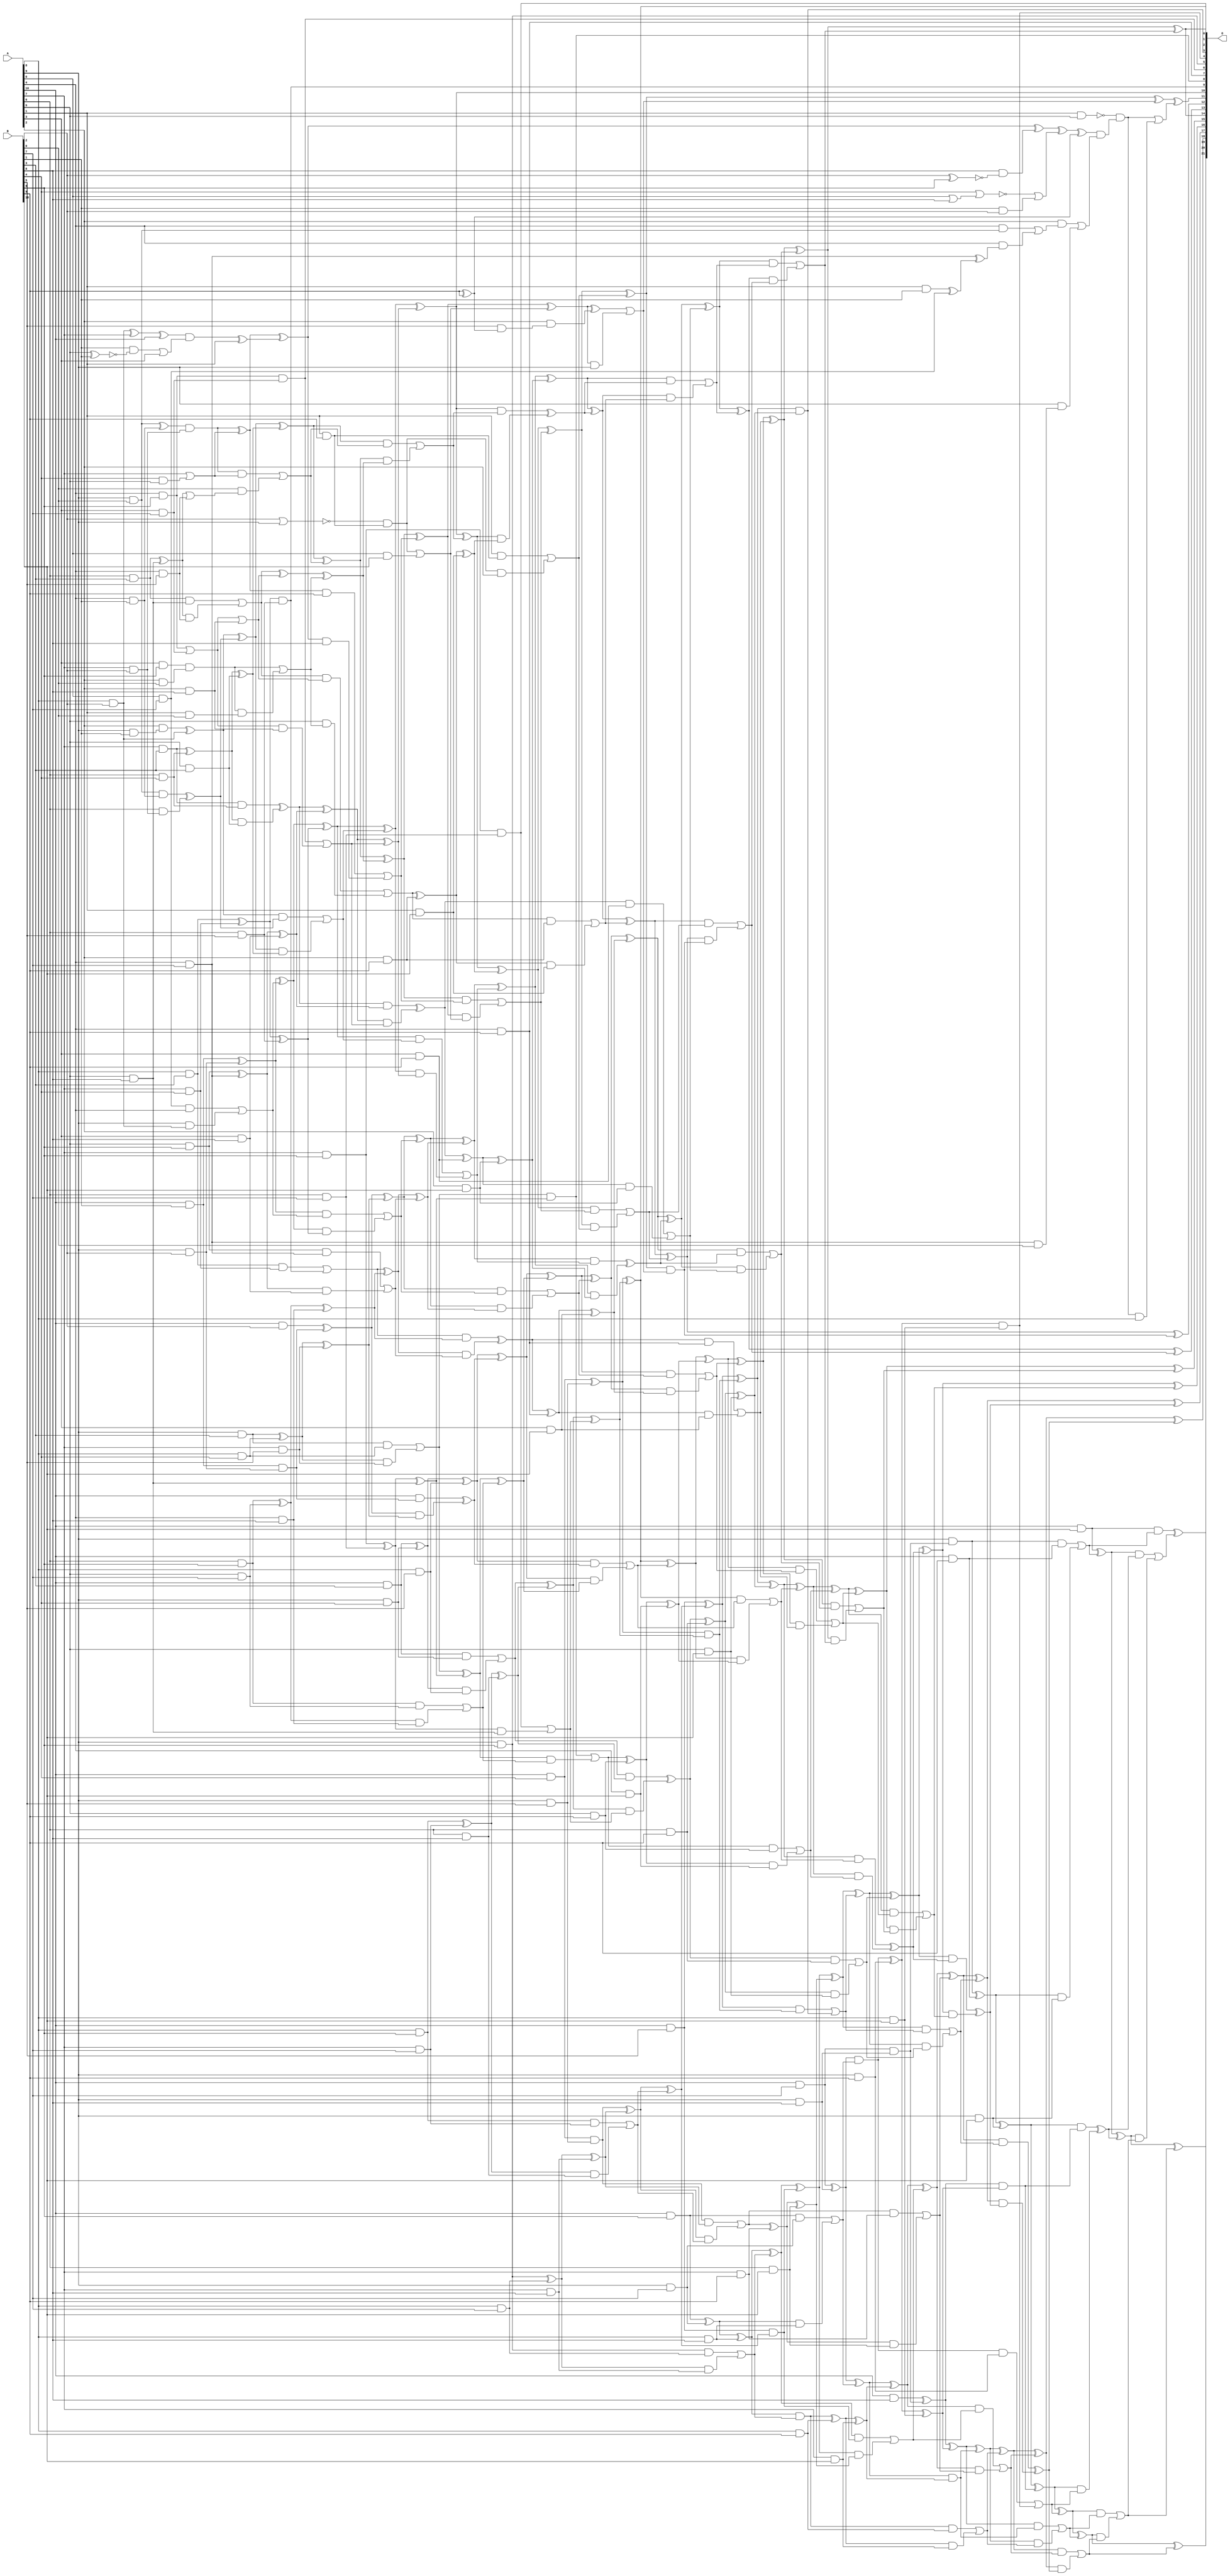
/***
* This code is a part of EvoApproxLib library (ehw.fit.vutbr.cz/approxlib) distributed under The MIT License.
* When used, please cite the following article(s): V. Mrazek, S. S. Sarwar, L. Sekanina, Z. Vasicek and K. Roy, "Design of power-efficient approximate multipliers for approximate artificial neural networks," 2016 IEEE/ACM International Conference on Computer-Aided Design (ICCAD), Austin, TX, 2016, pp. 1-7. doi: 10.1145/2966986.2967021 
* This file contains a circuit from a sub-set of pareto optimal circuits with respect to the pwr and mse parameters
***/
// MAE% = 0.034 %
// MAE = 1414 
// WCE% = 0.20 %
// WCE = 8386 
// WCRE% = 4352.17 %
// EP% = 99.84 %
// MRE% = 1.15 %
// MSE = 31888.497e2 
// PDK45_PWR = 0.657 mW
// PDK45_AREA = 1066.7 um2
// PDK45_DELAY = 1.60 ns


module mul11u_03N(A, B, O);
  input [10:0] A, B;
  output [21:0] O;
  wire [10:0] A, B;
  wire [21:0] O;
  wire sig_30, sig_31, sig_32, sig_39, sig_41, sig_42;
  wire sig_43, sig_51, sig_52, sig_53, sig_54, sig_61;
  wire sig_62, sig_63, sig_64, sig_65, sig_71, sig_72;
  wire sig_73, sig_74, sig_75, sig_76, sig_81, sig_82;
  wire sig_83, sig_84, sig_85, sig_86, sig_87, sig_89;
  wire sig_91, sig_92, sig_93, sig_94, sig_95, sig_96;
  wire sig_98, sig_99, sig_101, sig_102, sig_103, sig_104;
  wire sig_105, sig_106, sig_107, sig_108, sig_109, sig_111;
  wire sig_112, sig_113, sig_114, sig_115, sig_116, sig_117;
  wire sig_118, sig_119, sig_120, sig_121, sig_122, sig_123;
  wire sig_124, sig_126, sig_127, sig_128, sig_129, sig_130;
  wire sig_131, sig_132, sig_133, sig_134, sig_135, sig_136;
  wire sig_137, sig_138, sig_139, sig_140, sig_141, sig_142;
  wire sig_171, sig_174, sig_175, sig_177, sig_178, sig_179;
  wire sig_180, sig_181, sig_182, sig_183, sig_184, sig_185;
  wire sig_186, sig_187, sig_188, sig_189, sig_190, sig_191;
  wire sig_200, sig_203, sig_212, sig_214, sig_215, sig_216;
  wire sig_217, sig_218, sig_219, sig_220, sig_221, sig_222;
  wire sig_223, sig_224, sig_225, sig_227, sig_228, sig_229;
  wire sig_230, sig_231, sig_232, sig_233, sig_234, sig_235;
  wire sig_236, sig_237, sig_238, sig_239, sig_240, sig_241;
  wire sig_247, sig_248, sig_249, sig_250, sig_252, sig_253;
  wire sig_255, sig_256, sig_257, sig_258, sig_259, sig_260;
  wire sig_261, sig_262, sig_263, sig_264, sig_265, sig_266;
  wire sig_267, sig_268, sig_270, sig_271, sig_272, sig_273;
  wire sig_274, sig_275, sig_276, sig_277, sig_278, sig_279;
  wire sig_280, sig_281, sig_282, sig_283, sig_284, sig_285;
  wire sig_286, sig_287, sig_288, sig_289, sig_311, sig_318;
  wire sig_320, sig_321, sig_322, sig_323, sig_324, sig_325;
  wire sig_326, sig_327, sig_328, sig_329, sig_330, sig_331;
  wire sig_332, sig_333, sig_334, sig_335, sig_336, sig_337;
  wire sig_338, sig_339, sig_340, sig_341, sig_344, sig_345;
  wire sig_350, sig_351, sig_354, sig_355, sig_356, sig_357;
  wire sig_358, sig_359, sig_360, sig_361, sig_362, sig_363;
  wire sig_364, sig_365, sig_366, sig_367, sig_368, sig_369;
  wire sig_370, sig_371, sig_373, sig_374, sig_375, sig_376;
  wire sig_377, sig_378, sig_379, sig_380, sig_381, sig_382;
  wire sig_383, sig_384, sig_385, sig_386, sig_387, sig_388;
  wire sig_389, sig_390, sig_391, sig_407, sig_408, sig_410;
  wire sig_412, sig_413, sig_415, sig_416, sig_417, sig_418;
  wire sig_419, sig_420, sig_421, sig_422, sig_423, sig_424;
  wire sig_425, sig_426, sig_427, sig_428, sig_430, sig_431;
  wire sig_432, sig_433, sig_434, sig_435, sig_436, sig_437;
  wire sig_438, sig_439, sig_440, sig_441, sig_443, sig_444;
  wire sig_445, sig_447, sig_448, sig_449, sig_450, sig_451;
  wire sig_452, sig_453, sig_454, sig_455, sig_456, sig_457;
  wire sig_458, sig_459, sig_460, sig_461, sig_462, sig_463;
  wire sig_464, sig_465, sig_466, sig_467, sig_468, sig_469;
  wire sig_470, sig_471, sig_472, sig_473, sig_474, sig_475;
  wire sig_476, sig_477, sig_478, sig_479, sig_480, sig_481;
  wire sig_482, sig_483, sig_484, sig_485, sig_486, sig_487;
  wire sig_488, sig_490, sig_491, sig_492, sig_493, sig_494;
  wire sig_495, sig_496, sig_509, sig_510, sig_512, sig_513;
  wire sig_515, sig_516, sig_517, sig_518, sig_519, sig_520;
  wire sig_521, sig_522, sig_523, sig_524, sig_525, sig_526;
  wire sig_527, sig_528, sig_529, sig_530, sig_531, sig_532;
  wire sig_533, sig_534, sig_535, sig_536, sig_537, sig_538;
  wire sig_539, sig_540, sig_541, sig_542, sig_543, sig_544;
  wire sig_546, sig_547, sig_548, sig_549, sig_550, sig_551;
  wire sig_552, sig_553, sig_554, sig_555, sig_556, sig_566;
  wire sig_567, sig_568, sig_569, sig_570, sig_571, sig_572;
  wire sig_573, sig_574, sig_575, sig_576, sig_577, sig_578;
  wire sig_579, sig_580, sig_581, sig_582, sig_583, sig_584;
  wire sig_585, sig_586, sig_587, sig_588, sig_589, sig_590;
  wire sig_591, sig_592, sig_593, sig_594, sig_595, sig_596;
  wire sig_597, sig_598, sig_599, sig_600, sig_601, sig_602;
  wire sig_603, sig_604, sig_605, sig_606, sig_607, sig_608;
  wire sig_609, sig_610, sig_611, sig_612, sig_613, sig_614;
  wire sig_615, sig_616, sig_617, sig_618, sig_636, sig_637;
  wire sig_638, sig_640, sig_641, sig_642, sig_645, sig_646;
  wire sig_647, sig_648, sig_650, sig_651, sig_652, sig_653;
  wire sig_655, sig_656, sig_657, sig_658, sig_660, sig_661;
  wire sig_662, sig_663, sig_665, sig_666, sig_667, sig_668;
  wire sig_670, sig_671, sig_672, sig_673, sig_675, sig_676;
  wire sig_677, sig_678, sig_680, sig_681, sig_682, sig_683;
  wire sig_685, sig_686, sig_687, sig_688, sig_690;
  assign sig_30 = A[8] & B[2];
  assign sig_31 = A[9] & B[0];
  assign sig_32 = A[0] & B[7];
  assign sig_39 = !(A[5] ^ B[1]);
  assign sig_41 = A[4] & B[1];
  assign sig_42 = A[9] & B[1];
  assign sig_43 = A[10] & B[1];
  assign sig_51 = A[7] & B[2];
  assign sig_52 = A[8] & B[2];
  assign sig_53 = A[9] & B[2];
  assign sig_54 = A[10] & B[2];
  assign sig_61 = A[6] & B[3];
  assign sig_62 = A[7] & B[3];
  assign sig_63 = A[8] & B[3];
  assign sig_64 = A[9] & B[3];
  assign sig_65 = A[10] & B[3];
  assign sig_71 = A[5] & B[8];
  assign sig_72 = A[6] & B[4];
  assign sig_73 = A[7] & B[4];
  assign sig_74 = A[8] & B[4];
  assign sig_75 = A[9] & B[4];
  assign sig_76 = A[10] & B[4];
  assign sig_81 = A[4] & B[5];
  assign sig_82 = A[5] & B[3];
  assign sig_83 = A[6] & B[5];
  assign sig_84 = A[7] & B[5];
  assign sig_85 = A[8] & B[5];
  assign sig_86 = A[9] & B[5];
  assign sig_87 = A[10] & B[5];
  assign sig_89 = A[1] & B[1];
  assign sig_91 = A[3] & B[6];
  assign sig_92 = A[4] & B[6];
  assign sig_93 = A[5] & B[6];
  assign sig_94 = A[6] & B[6];
  assign sig_95 = A[7] & B[6];
  assign sig_96 = A[8] & B[6];
  assign O[5] = A[9] & B[6];
  assign sig_98 = A[10] & B[6];
  assign sig_99 = A[0] & B[7];
  assign sig_101 = A[2] & B[0];
  assign sig_102 = A[3] & B[7];
  assign sig_103 = A[4] & B[7];
  assign sig_104 = A[5] & B[7];
  assign sig_105 = A[6] & B[7];
  assign sig_106 = A[7] & B[7];
  assign sig_107 = A[8] & B[7];
  assign sig_108 = A[9] & B[7];
  assign sig_109 = A[10] & B[7];
  assign sig_111 = A[1] & B[0];
  assign sig_112 = A[2] & B[8];
  assign sig_113 = A[3] & B[8];
  assign sig_114 = A[4] & B[8];
  assign sig_115 = A[5] & B[8];
  assign sig_116 = A[6] & B[8];
  assign sig_117 = A[7] & B[8];
  assign sig_118 = A[8] & B[8];
  assign sig_119 = A[9] & B[8];
  assign sig_120 = A[10] & B[8];
  assign sig_121 = B[9] & B[9];
  assign sig_122 = A[1] & B[9];
  assign sig_123 = A[2] & B[9];
  assign sig_124 = A[3] & B[9];
  assign O[7] = A[4] & B[9];
  assign sig_126 = A[5] & B[9];
  assign sig_127 = A[6] & B[9];
  assign sig_128 = A[7] & B[9];
  assign sig_129 = A[8] & B[9];
  assign sig_130 = A[9] & B[9];
  assign sig_131 = A[10] & B[9];
  assign sig_132 = A[0] & B[10];
  assign sig_133 = A[1] & B[10];
  assign sig_134 = A[2] & B[10];
  assign sig_135 = A[3] & B[10];
  assign sig_136 = A[4] & B[10];
  assign sig_137 = A[5] & B[10];
  assign sig_138 = A[6] & B[10];
  assign sig_139 = A[7] & B[10];
  assign sig_140 = A[8] & B[10];
  assign sig_141 = A[9] & B[10];
  assign sig_142 = A[10] & B[10];
  assign sig_171 = B[1] & sig_39;
  assign sig_174 = sig_171 | A[3];
  assign sig_175 = sig_30 ^ A[7];
  assign sig_177 = B[4] & A[5];
  assign sig_178 = sig_175 ^ A[10];
  assign sig_179 = A[7] | sig_177;
  assign sig_180 = sig_31 ^ sig_41;
  assign sig_181 = sig_31 & sig_41;
  assign sig_182 = A[6] & sig_51;
  assign sig_183 = sig_180 & sig_51;
  assign sig_184 = sig_181 ^ sig_182;
  assign sig_185 = A[2] & sig_42;
  assign sig_186 = sig_32 & A[4];
  assign sig_187 = A[9] & sig_52;
  assign sig_188 = sig_185 ^ sig_52;
  assign sig_189 = sig_186 | sig_187;
  assign sig_190 = sig_43 & sig_53;
  assign sig_191 = sig_43 ^ sig_53;
  assign sig_200 = B[7] & A[4];
  assign sig_203 = sig_200;
  assign sig_212 = A[0] | B[8];
  assign sig_214 = sig_61 ^ sig_71;
  assign sig_215 = sig_61 & sig_71;
  assign sig_216 = sig_214 & sig_81;
  assign sig_217 = sig_214 | sig_81;
  assign sig_218 = sig_215 | sig_216;
  assign sig_219 = sig_62 ^ sig_72;
  assign sig_220 = sig_62 & sig_72;
  assign sig_221 = sig_219 & sig_82;
  assign sig_222 = sig_219 ^ sig_82;
  assign sig_223 = sig_220 ^ sig_221;
  assign sig_224 = sig_63 ^ sig_73;
  assign sig_225 = sig_63 & sig_73;
  assign O[9] = sig_224 & sig_83;
  assign sig_227 = sig_224 ^ sig_83;
  assign sig_228 = sig_225 | O[9];
  assign sig_229 = sig_64 ^ sig_74;
  assign sig_230 = sig_64 & sig_74;
  assign sig_231 = sig_229 & sig_84;
  assign sig_232 = sig_229 ^ sig_84;
  assign sig_233 = sig_230 | sig_231;
  assign sig_234 = sig_65 ^ sig_75;
  assign sig_235 = sig_65 & sig_75;
  assign sig_236 = sig_234 & sig_85;
  assign sig_237 = sig_234 ^ sig_85;
  assign sig_238 = sig_235 | sig_236;
  assign sig_239 = sig_76 & sig_86;
  assign sig_240 = sig_76 ^ sig_86;
  assign sig_241 = sig_89 ^ sig_99;
  assign sig_247 = !(B[2] ^ B[6]);
  assign sig_248 = sig_91 & sig_101;
  assign sig_249 = sig_91 & sig_101;
  assign sig_250 = sig_248 & sig_111;
  assign sig_252 = sig_249 | sig_250;
  assign sig_253 = sig_92 | sig_102;
  assign O[6] = sig_92 & sig_102;
  assign sig_255 = sig_253 & sig_112;
  assign sig_256 = sig_253 | sig_112;
  assign sig_257 = O[6] | sig_255;
  assign sig_258 = sig_93 ^ sig_103;
  assign sig_259 = sig_93 & sig_103;
  assign sig_260 = sig_258 & sig_113;
  assign sig_261 = sig_258 ^ sig_113;
  assign sig_262 = sig_259 | sig_260;
  assign sig_263 = sig_94 ^ sig_104;
  assign sig_264 = sig_94 & sig_104;
  assign sig_265 = sig_263 & sig_114;
  assign sig_266 = sig_263 ^ sig_114;
  assign sig_267 = sig_264 | sig_265;
  assign sig_268 = sig_95 ^ sig_105;
  assign O[1] = sig_95 & sig_105;
  assign sig_270 = sig_268 & sig_115;
  assign sig_271 = sig_268 ^ sig_115;
  assign sig_272 = O[1] | sig_270;
  assign sig_273 = sig_96 ^ sig_106;
  assign sig_274 = sig_96 & sig_106;
  assign sig_275 = sig_273 & sig_116;
  assign sig_276 = sig_273 ^ sig_116;
  assign sig_277 = sig_274 | sig_275;
  assign sig_278 = O[5] ^ sig_107;
  assign sig_279 = O[5] & sig_107;
  assign sig_280 = sig_278 & sig_117;
  assign sig_281 = sig_278 ^ sig_117;
  assign sig_282 = sig_279 | sig_280;
  assign sig_283 = sig_98 ^ sig_108;
  assign sig_284 = sig_98 & sig_108;
  assign sig_285 = sig_283 & sig_118;
  assign sig_286 = sig_283 ^ sig_118;
  assign sig_287 = sig_284 | sig_285;
  assign sig_288 = sig_109 & sig_119;
  assign sig_289 = sig_109 ^ sig_119;
  assign sig_311 = B[0] & A[9];
  assign sig_318 = sig_178 & sig_174;
  assign sig_320 = B[4] | sig_212;
  assign sig_321 = sig_318 ^ A[1];
  assign sig_322 = sig_183 ^ sig_179;
  assign sig_323 = sig_183 & sig_179;
  assign sig_324 = B[0] & sig_217;
  assign sig_325 = sig_322;
  assign sig_326 = sig_323 | sig_324;
  assign sig_327 = sig_188 ^ sig_184;
  assign sig_328 = sig_188 & sig_184;
  assign sig_329 = sig_327 & sig_222;
  assign sig_330 = sig_327 ^ sig_222;
  assign sig_331 = sig_328 | sig_329;
  assign sig_332 = sig_191 ^ sig_189;
  assign sig_333 = sig_191 & sig_189;
  assign sig_334 = sig_332 & sig_227;
  assign sig_335 = sig_332 ^ sig_227;
  assign sig_336 = sig_333 | sig_334;
  assign sig_337 = sig_54 ^ sig_190;
  assign sig_338 = A[10] & sig_190;
  assign sig_339 = sig_337 & sig_232;
  assign sig_340 = sig_337 ^ sig_232;
  assign sig_341 = sig_338 ^ sig_339;
  assign sig_344 = sig_203 ^ sig_241;
  assign sig_345 = sig_203 & B[0];
  assign sig_350 = B[9] | B[9];
  assign sig_351 = B[8];
  assign sig_354 = sig_351 & sig_247;
  assign sig_355 = !(B[2] | A[9]);
  assign sig_356 = sig_218 ^ sig_256;
  assign sig_357 = sig_218 & sig_256;
  assign sig_358 = A[5] & sig_252;
  assign sig_359 = sig_356 ^ sig_252;
  assign sig_360 = sig_357 | sig_358;
  assign sig_361 = sig_223 ^ sig_261;
  assign sig_362 = sig_223 & sig_261;
  assign sig_363 = sig_361 & sig_257;
  assign sig_364 = sig_361 ^ sig_257;
  assign sig_365 = sig_362 ^ sig_363;
  assign sig_366 = sig_228 ^ sig_266;
  assign sig_367 = sig_228 & sig_266;
  assign sig_368 = sig_366 & sig_262;
  assign sig_369 = sig_366 ^ sig_262;
  assign sig_370 = sig_367 ^ sig_368;
  assign sig_371 = sig_233 ^ sig_271;
  assign O[8] = sig_233 & sig_271;
  assign sig_373 = sig_371 & sig_267;
  assign sig_374 = sig_371 ^ sig_267;
  assign sig_375 = O[8] | sig_373;
  assign sig_376 = sig_238 ^ sig_276;
  assign sig_377 = sig_238 & sig_276;
  assign sig_378 = sig_376 & sig_272;
  assign sig_379 = sig_376 ^ sig_272;
  assign sig_380 = sig_377 ^ sig_378;
  assign sig_381 = sig_239 ^ sig_281;
  assign sig_382 = sig_239 & sig_281;
  assign sig_383 = sig_381 & sig_277;
  assign sig_384 = sig_381 ^ sig_277;
  assign sig_385 = sig_382 | sig_383;
  assign sig_386 = sig_286 & sig_282;
  assign sig_387 = sig_286 ^ sig_282;
  assign sig_388 = sig_289 & sig_287;
  assign sig_389 = sig_289 ^ sig_287;
  assign sig_390 = A[9] & sig_288;
  assign sig_391 = sig_120 ^ sig_288;
  assign sig_407 = A[4] & sig_311;
  assign sig_408 = A[4] & sig_344;
  assign sig_410 = sig_407 | sig_408;
  assign sig_412 = !sig_320;
  assign sig_413 = B[1] & B[2];
  assign sig_415 = sig_412 | sig_413;
  assign sig_416 = sig_325 ^ sig_321;
  assign sig_417 = sig_325 & B[9];
  assign sig_418 = sig_416 & B[8];
  assign sig_419 = sig_416 ^ sig_354;
  assign sig_420 = sig_417 | sig_418;
  assign sig_421 = sig_330 ^ sig_326;
  assign sig_422 = sig_330 & sig_326;
  assign sig_423 = sig_421 & sig_359;
  assign sig_424 = sig_421 ^ sig_359;
  assign sig_425 = sig_422 | sig_423;
  assign sig_426 = sig_335 ^ sig_331;
  assign sig_427 = sig_335 & sig_331;
  assign sig_428 = sig_426 & sig_364;
  assign O[10] = sig_426 ^ sig_364;
  assign sig_430 = sig_427 | sig_428;
  assign sig_431 = sig_340 ^ sig_336;
  assign sig_432 = sig_340 & sig_336;
  assign sig_433 = sig_431 & sig_369;
  assign sig_434 = sig_431 ^ sig_369;
  assign sig_435 = sig_432 | sig_433;
  assign sig_436 = sig_237 ^ sig_341;
  assign sig_437 = sig_237 & sig_341;
  assign sig_438 = sig_436 & sig_374;
  assign sig_439 = sig_436 ^ sig_374;
  assign sig_440 = sig_437 | sig_438;
  assign sig_441 = sig_240 & sig_379;
  assign O[2] = sig_240 ^ sig_379;
  assign sig_443 = sig_87 & sig_384;
  assign sig_444 = sig_87 ^ sig_384;
  assign sig_445 = sig_350 ^ sig_121;
  assign sig_447 = sig_355 & sig_122;
  assign sig_448 = A[1] & sig_122;
  assign sig_449 = sig_447 & A[2];
  assign sig_450 = sig_447 | sig_132;
  assign sig_451 = sig_448 | sig_449;
  assign sig_452 = sig_360 ^ sig_123;
  assign sig_453 = sig_360 & sig_123;
  assign sig_454 = sig_452 & sig_133;
  assign sig_455 = sig_452 ^ sig_133;
  assign sig_456 = sig_453 | sig_454;
  assign sig_457 = sig_365 ^ sig_124;
  assign sig_458 = sig_365 & sig_124;
  assign sig_459 = sig_457 & sig_134;
  assign sig_460 = sig_457 ^ sig_134;
  assign sig_461 = sig_458 | sig_459;
  assign sig_462 = sig_370 ^ O[7];
  assign sig_463 = sig_370 & O[7];
  assign sig_464 = sig_462 & sig_135;
  assign sig_465 = sig_462 ^ sig_135;
  assign sig_466 = sig_463 | sig_464;
  assign sig_467 = sig_375 ^ sig_126;
  assign sig_468 = sig_375 & sig_126;
  assign sig_469 = sig_467 & sig_136;
  assign sig_470 = sig_467 ^ sig_136;
  assign sig_471 = sig_468 | sig_469;
  assign sig_472 = sig_380 ^ sig_127;
  assign sig_473 = sig_380 & sig_127;
  assign sig_474 = sig_472 & sig_137;
  assign sig_475 = sig_472 ^ sig_137;
  assign sig_476 = sig_473 | sig_474;
  assign sig_477 = sig_385 ^ sig_128;
  assign sig_478 = sig_385 & sig_128;
  assign sig_479 = sig_477 & sig_138;
  assign sig_480 = sig_477 ^ sig_138;
  assign sig_481 = sig_478 | sig_479;
  assign sig_482 = sig_386 ^ sig_129;
  assign sig_483 = sig_386 & sig_129;
  assign sig_484 = sig_482 & sig_139;
  assign sig_485 = sig_482 ^ sig_139;
  assign sig_486 = sig_483 | sig_484;
  assign sig_487 = sig_388 ^ sig_130;
  assign sig_488 = sig_388 & sig_130;
  assign O[4] = sig_487 & sig_140;
  assign sig_490 = sig_487 ^ sig_140;
  assign sig_491 = sig_488 | O[4];
  assign sig_492 = sig_390 ^ sig_131;
  assign sig_493 = sig_390 & sig_131;
  assign sig_494 = sig_492 & sig_141;
  assign sig_495 = sig_492 ^ sig_141;
  assign sig_496 = sig_493 | sig_494;
  assign sig_509 = A[2] & sig_410;
  assign sig_510 = A[9] & sig_345;
  assign sig_512 = sig_509 | sig_510;
  assign sig_513 = sig_419 ^ sig_415;
  assign sig_515 = B[5] & sig_445;
  assign sig_516 = sig_513 ^ sig_445;
  assign sig_517 = A[2] & sig_515;
  assign sig_518 = sig_424 ^ sig_420;
  assign sig_519 = sig_424 & sig_420;
  assign sig_520 = sig_518 & sig_450;
  assign sig_521 = sig_518 ^ sig_450;
  assign sig_522 = sig_519 | sig_520;
  assign sig_523 = O[10] ^ sig_425;
  assign sig_524 = O[10] & sig_425;
  assign sig_525 = sig_523 & sig_455;
  assign sig_526 = sig_523 ^ sig_455;
  assign sig_527 = sig_524 ^ sig_525;
  assign sig_528 = sig_434 ^ sig_430;
  assign sig_529 = sig_434 & sig_430;
  assign sig_530 = sig_528 & sig_460;
  assign sig_531 = sig_528 ^ sig_460;
  assign sig_532 = sig_529 ^ sig_530;
  assign sig_533 = sig_439 ^ sig_435;
  assign sig_534 = sig_439 & sig_435;
  assign sig_535 = sig_533 & sig_465;
  assign sig_536 = sig_533 ^ sig_465;
  assign sig_537 = sig_534 | sig_535;
  assign sig_538 = O[2] ^ sig_440;
  assign sig_539 = O[2] & sig_440;
  assign sig_540 = sig_538 & sig_470;
  assign sig_541 = sig_538 ^ sig_470;
  assign sig_542 = sig_539 | sig_540;
  assign sig_543 = sig_444 ^ sig_441;
  assign sig_544 = sig_444 & sig_441;
  assign O[3] = sig_543 & sig_475;
  assign sig_546 = sig_543 ^ sig_475;
  assign sig_547 = sig_544 | O[3];
  assign sig_548 = sig_387 ^ sig_443;
  assign sig_549 = sig_387 & sig_443;
  assign sig_550 = sig_548 & sig_480;
  assign sig_551 = sig_548 ^ sig_480;
  assign sig_552 = sig_549 | sig_550;
  assign sig_553 = sig_389 & sig_485;
  assign sig_554 = sig_389 ^ sig_485;
  assign sig_555 = sig_391 & sig_490;
  assign sig_556 = sig_391 ^ sig_490;
  assign sig_566 = sig_516 & sig_512;
  assign sig_567 = sig_521 & A[9];
  assign sig_568 = sig_521 ^ sig_517;
  assign sig_569 = sig_567;
  assign sig_570 = !(A[1] & A[5]);
  assign sig_571 = sig_568 | sig_569;
  assign sig_572 = sig_526 ^ sig_522;
  assign sig_573 = sig_526 & sig_522;
  assign sig_574 = sig_572 & sig_451;
  assign sig_575 = sig_572 ^ sig_451;
  assign sig_576 = sig_573 | sig_574;
  assign sig_577 = sig_531 ^ sig_527;
  assign sig_578 = sig_531 & sig_527;
  assign sig_579 = sig_577 & sig_456;
  assign sig_580 = sig_577 ^ sig_456;
  assign sig_581 = sig_578 | sig_579;
  assign sig_582 = sig_536 ^ sig_532;
  assign sig_583 = sig_536 & sig_532;
  assign sig_584 = sig_582 & sig_461;
  assign sig_585 = sig_582 ^ sig_461;
  assign sig_586 = sig_583 | sig_584;
  assign sig_587 = sig_541 ^ sig_537;
  assign sig_588 = sig_541 & sig_537;
  assign sig_589 = sig_587 & sig_466;
  assign sig_590 = sig_587 ^ sig_466;
  assign sig_591 = sig_588 | sig_589;
  assign sig_592 = sig_546 ^ sig_542;
  assign sig_593 = sig_546 & sig_542;
  assign sig_594 = sig_592 & sig_471;
  assign sig_595 = sig_592 ^ sig_471;
  assign sig_596 = sig_593 ^ sig_594;
  assign sig_597 = sig_551 ^ sig_547;
  assign sig_598 = sig_551 & sig_547;
  assign sig_599 = sig_597 & sig_476;
  assign sig_600 = sig_597 ^ sig_476;
  assign sig_601 = sig_598 | sig_599;
  assign sig_602 = sig_554 ^ sig_552;
  assign sig_603 = sig_554 & sig_552;
  assign sig_604 = sig_602 & sig_481;
  assign sig_605 = sig_602 ^ sig_481;
  assign sig_606 = sig_603 | sig_604;
  assign sig_607 = sig_556 ^ sig_553;
  assign sig_608 = sig_556 & sig_553;
  assign sig_609 = sig_607 & sig_486;
  assign sig_610 = sig_607 ^ sig_486;
  assign sig_611 = sig_608 | sig_609;
  assign sig_612 = sig_495 ^ sig_555;
  assign sig_613 = sig_495 & sig_555;
  assign sig_614 = sig_612 & sig_491;
  assign sig_615 = sig_612 ^ sig_491;
  assign sig_616 = sig_613 ^ sig_614;
  assign sig_617 = sig_142 & sig_496;
  assign sig_618 = sig_142 ^ sig_496;
  assign sig_636 = sig_570 & sig_566;
  assign sig_637 = sig_570 & sig_566;
  assign sig_638 = sig_636 & A[8];
  assign sig_640 = sig_637 | sig_638;
  assign sig_641 = sig_575 ^ sig_571;
  assign sig_642 = sig_575 & sig_571;
  assign O[11] = sig_641 ^ sig_640;
  assign sig_645 = sig_642;
  assign sig_646 = sig_580 ^ sig_576;
  assign sig_647 = sig_580 & sig_576;
  assign sig_648 = sig_646 & sig_645;
  assign O[12] = sig_646 ^ sig_645;
  assign sig_650 = sig_647 | sig_648;
  assign sig_651 = sig_585 ^ sig_581;
  assign sig_652 = sig_585 & sig_581;
  assign sig_653 = sig_651 & sig_650;
  assign O[13] = sig_651 ^ sig_650;
  assign sig_655 = sig_652 | sig_653;
  assign sig_656 = sig_590 ^ sig_586;
  assign sig_657 = sig_590 & sig_586;
  assign sig_658 = sig_656 & sig_655;
  assign O[0] = sig_656 ^ sig_655;
  assign sig_660 = sig_657 | sig_658;
  assign sig_661 = sig_595 ^ sig_591;
  assign sig_662 = sig_595 & sig_591;
  assign sig_663 = sig_661 & sig_660;
  assign O[15] = sig_661 ^ sig_660;
  assign sig_665 = sig_662 | sig_663;
  assign sig_666 = sig_600 ^ sig_596;
  assign sig_667 = sig_600 & sig_596;
  assign sig_668 = sig_666 & sig_665;
  assign O[16] = sig_666 ^ sig_665;
  assign sig_670 = sig_667 ^ sig_668;
  assign sig_671 = sig_605 ^ sig_601;
  assign sig_672 = sig_605 & sig_601;
  assign sig_673 = sig_671 & sig_670;
  assign O[17] = sig_671 ^ sig_670;
  assign sig_675 = sig_672 ^ sig_673;
  assign sig_676 = sig_610 ^ sig_606;
  assign sig_677 = sig_610 & sig_606;
  assign sig_678 = sig_676 & sig_675;
  assign O[18] = sig_676 ^ sig_675;
  assign sig_680 = sig_677 | sig_678;
  assign sig_681 = sig_615 ^ sig_611;
  assign sig_682 = sig_615 & sig_611;
  assign sig_683 = sig_681 & sig_680;
  assign O[19] = sig_681 ^ sig_680;
  assign sig_685 = sig_682 | sig_683;
  assign sig_686 = sig_618 ^ sig_616;
  assign sig_687 = sig_618 & sig_616;
  assign sig_688 = sig_686 & sig_685;
  assign O[20] = sig_686 ^ sig_685;
  assign sig_690 = sig_687 | sig_688;
  assign O[21] = sig_617 ^ sig_690;
  assign O[14] = O[0];
endmodule